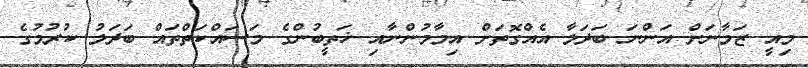
މިއީ ޒަމާނަށް އަންނަ ބަދަލާ އެއްގޮތަށް އިމާމުންނާއި ޚަތީބުންގެ މަސައްކަތްތައް ބަދަލު ކުރުމުގެ